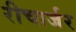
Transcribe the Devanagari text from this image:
रीचार्जर